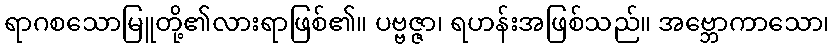
ရာဂစသောမြူတို့၏လားရာဖြစ်၏။ ပဗ္ဗဇ္ဇာ၊ ရဟန်းအဖြစ်သည်။ အဗ္ဘောကာသော၊